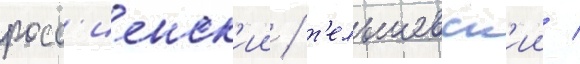
росс'иенск'ии / т'ельшевск'ии /